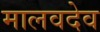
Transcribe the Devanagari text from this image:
मालवदेव